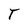
Character: T